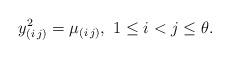
LaTeX: \begin{align*}y_{(i\,j)}^2&=\mu_{(i\,j)}, \ 1\leq i<j \leq \theta.\end{align*}